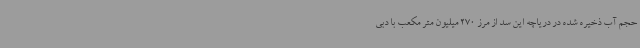
حجم آب ذخیره شده در دریاچه این سد از مرز 270 میلیون متر مکعب با دبی